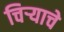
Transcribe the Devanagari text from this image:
चिर्‍याचे